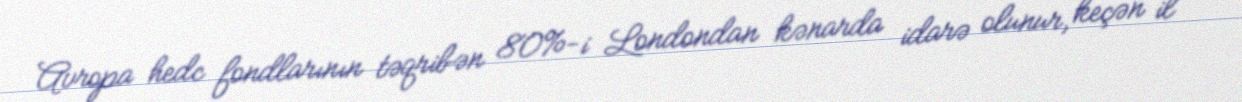
Avropa hedc fondlarının təqribən 80%-i Londondan kənarda idarə olunur, keçən il